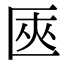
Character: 匧